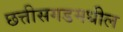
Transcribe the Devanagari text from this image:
छत्तीसगडमधील